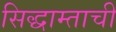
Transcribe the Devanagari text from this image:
सिद्धाम्ताची